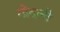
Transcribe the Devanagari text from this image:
गोदानी